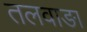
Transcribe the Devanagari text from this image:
तलवाङा